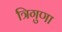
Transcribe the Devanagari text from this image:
त्रिगुणा